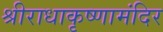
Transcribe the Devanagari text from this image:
श्रीराधाकृष्णामंदिर